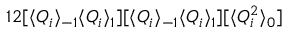
1 2 [ \langle Q _ { i } \rangle _ { - 1 } \langle Q _ { i } \rangle _ { 1 } ] [ \langle Q _ { i } \rangle _ { - 1 } \langle Q _ { i } \rangle _ { 1 } ] [ \langle Q _ { i } ^ { 2 } \rangle _ { 0 } ]